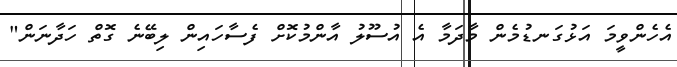
އެހެންވީމަ އަޅުގަނޑުމެން މާދަމާ އެ އުސޫލު އާންމުކޮށް ފެސާހައިން ލިބޭނެ ގޮތް ހަދާނަން"